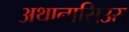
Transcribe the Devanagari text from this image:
अथानासिउस